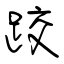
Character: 跤